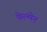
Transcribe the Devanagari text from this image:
फेल्मेन